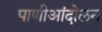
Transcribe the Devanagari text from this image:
पाणीआंदोलन